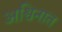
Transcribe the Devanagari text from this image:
अश्विनात